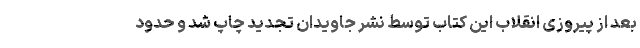
بعد از پیروزی انقلاب این کتاب توسط نشر جاویدان تجدید چاپ شد و حدود